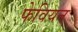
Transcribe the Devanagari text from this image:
फेवियन